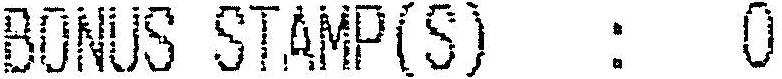
BONUS STAMP(S) : 0